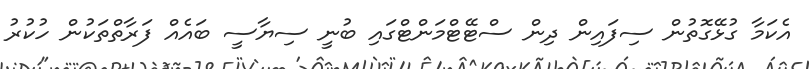
އެކަމާ ގުޅޭގޮތުން ސިފައިން ދިން ސްޓޭޓްމަންޓްގައި ބުނީ ސިޔާސީ ބައެއް ފަރާތްތަކުން ހުކުރު